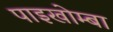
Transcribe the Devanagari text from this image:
पाइखोम्बा